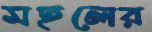
মহলের